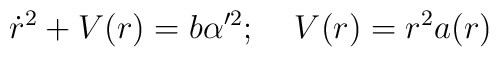
\dot{r}^2+V(r)=b\alpha'^2;\;\;\;\;V(r)=r^2a(r)